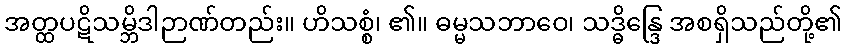
အတ္ထပဋိသမ္ဘိဒါဉာဏ်တည်း။ ဟိသစ္စံ၊ ၏။ ဓမ္မသဘာဝေ၊ သဒ္ဓိန္ဒြေ အစရှိသည်တို့၏